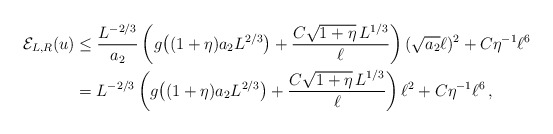
\begin{align*}\mathcal E_{L,R}(u)&\leq\frac{L^{-2/3}}{a_2}\left(g\big((1+\eta)a_2L^{2/3}\big)+\frac{C\sqrt{1+\eta}\,L^{1/3}}{\ell}\right)(\sqrt{a_2}\ell)^2+C\eta^{-1}\ell^6\\&=L^{-2/3}\left(g\big((1+\eta)a_2L^{2/3}\big)+\frac{C\sqrt{1+\eta}\,L^{1/3}}{\ell}\right)\ell^2+C\eta^{-1}\ell^6\,,\end{align*}